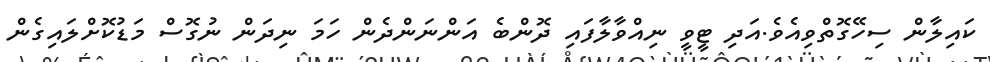
ކައިލާން ސިހޭގޮތްވިއެވެ.އަދި ޓީވީ ނިއްވާލާފައި ދޮންބެ އަންނަންދެން ހަމަ ނިދަން ނުގޮސް މަޑުކޮށްލައިގެން